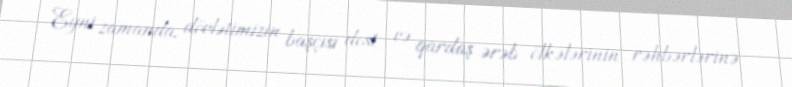
Eyni zamanda, dövlətimizin başçısı dost və qardaş ərəb ölkələrinin rəhbərlərinə